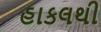
હાકલથી